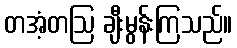
တအံ့တဩ ချီးမွန်းကြသည်။